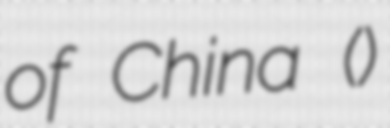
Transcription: of China (中國無線電公司)